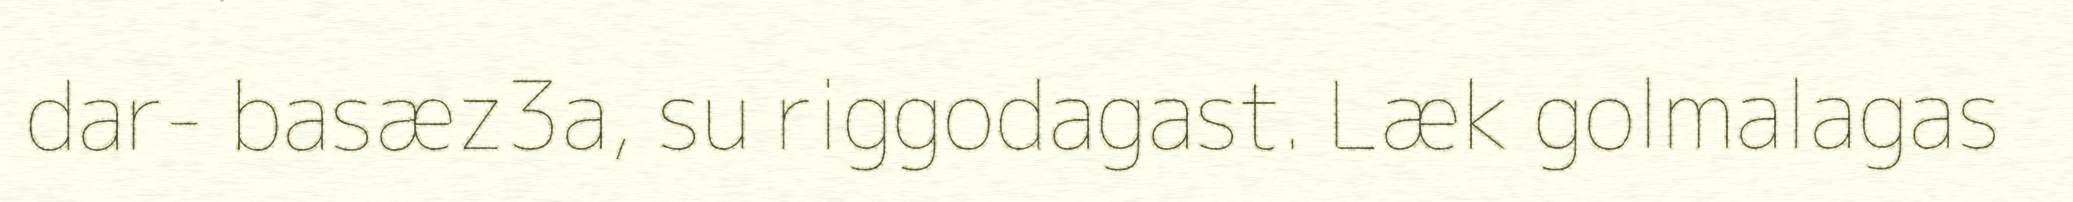
dar- basæz3a, su riggodagast. Læk golmalagas